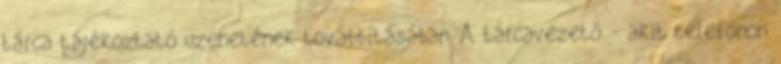
tárca tájékoztató üzenetének továbbításában. A tárcavezető - akit telefonon